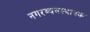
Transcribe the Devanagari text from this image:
नगरव्यवस्थापक